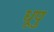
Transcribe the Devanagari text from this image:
धूपु